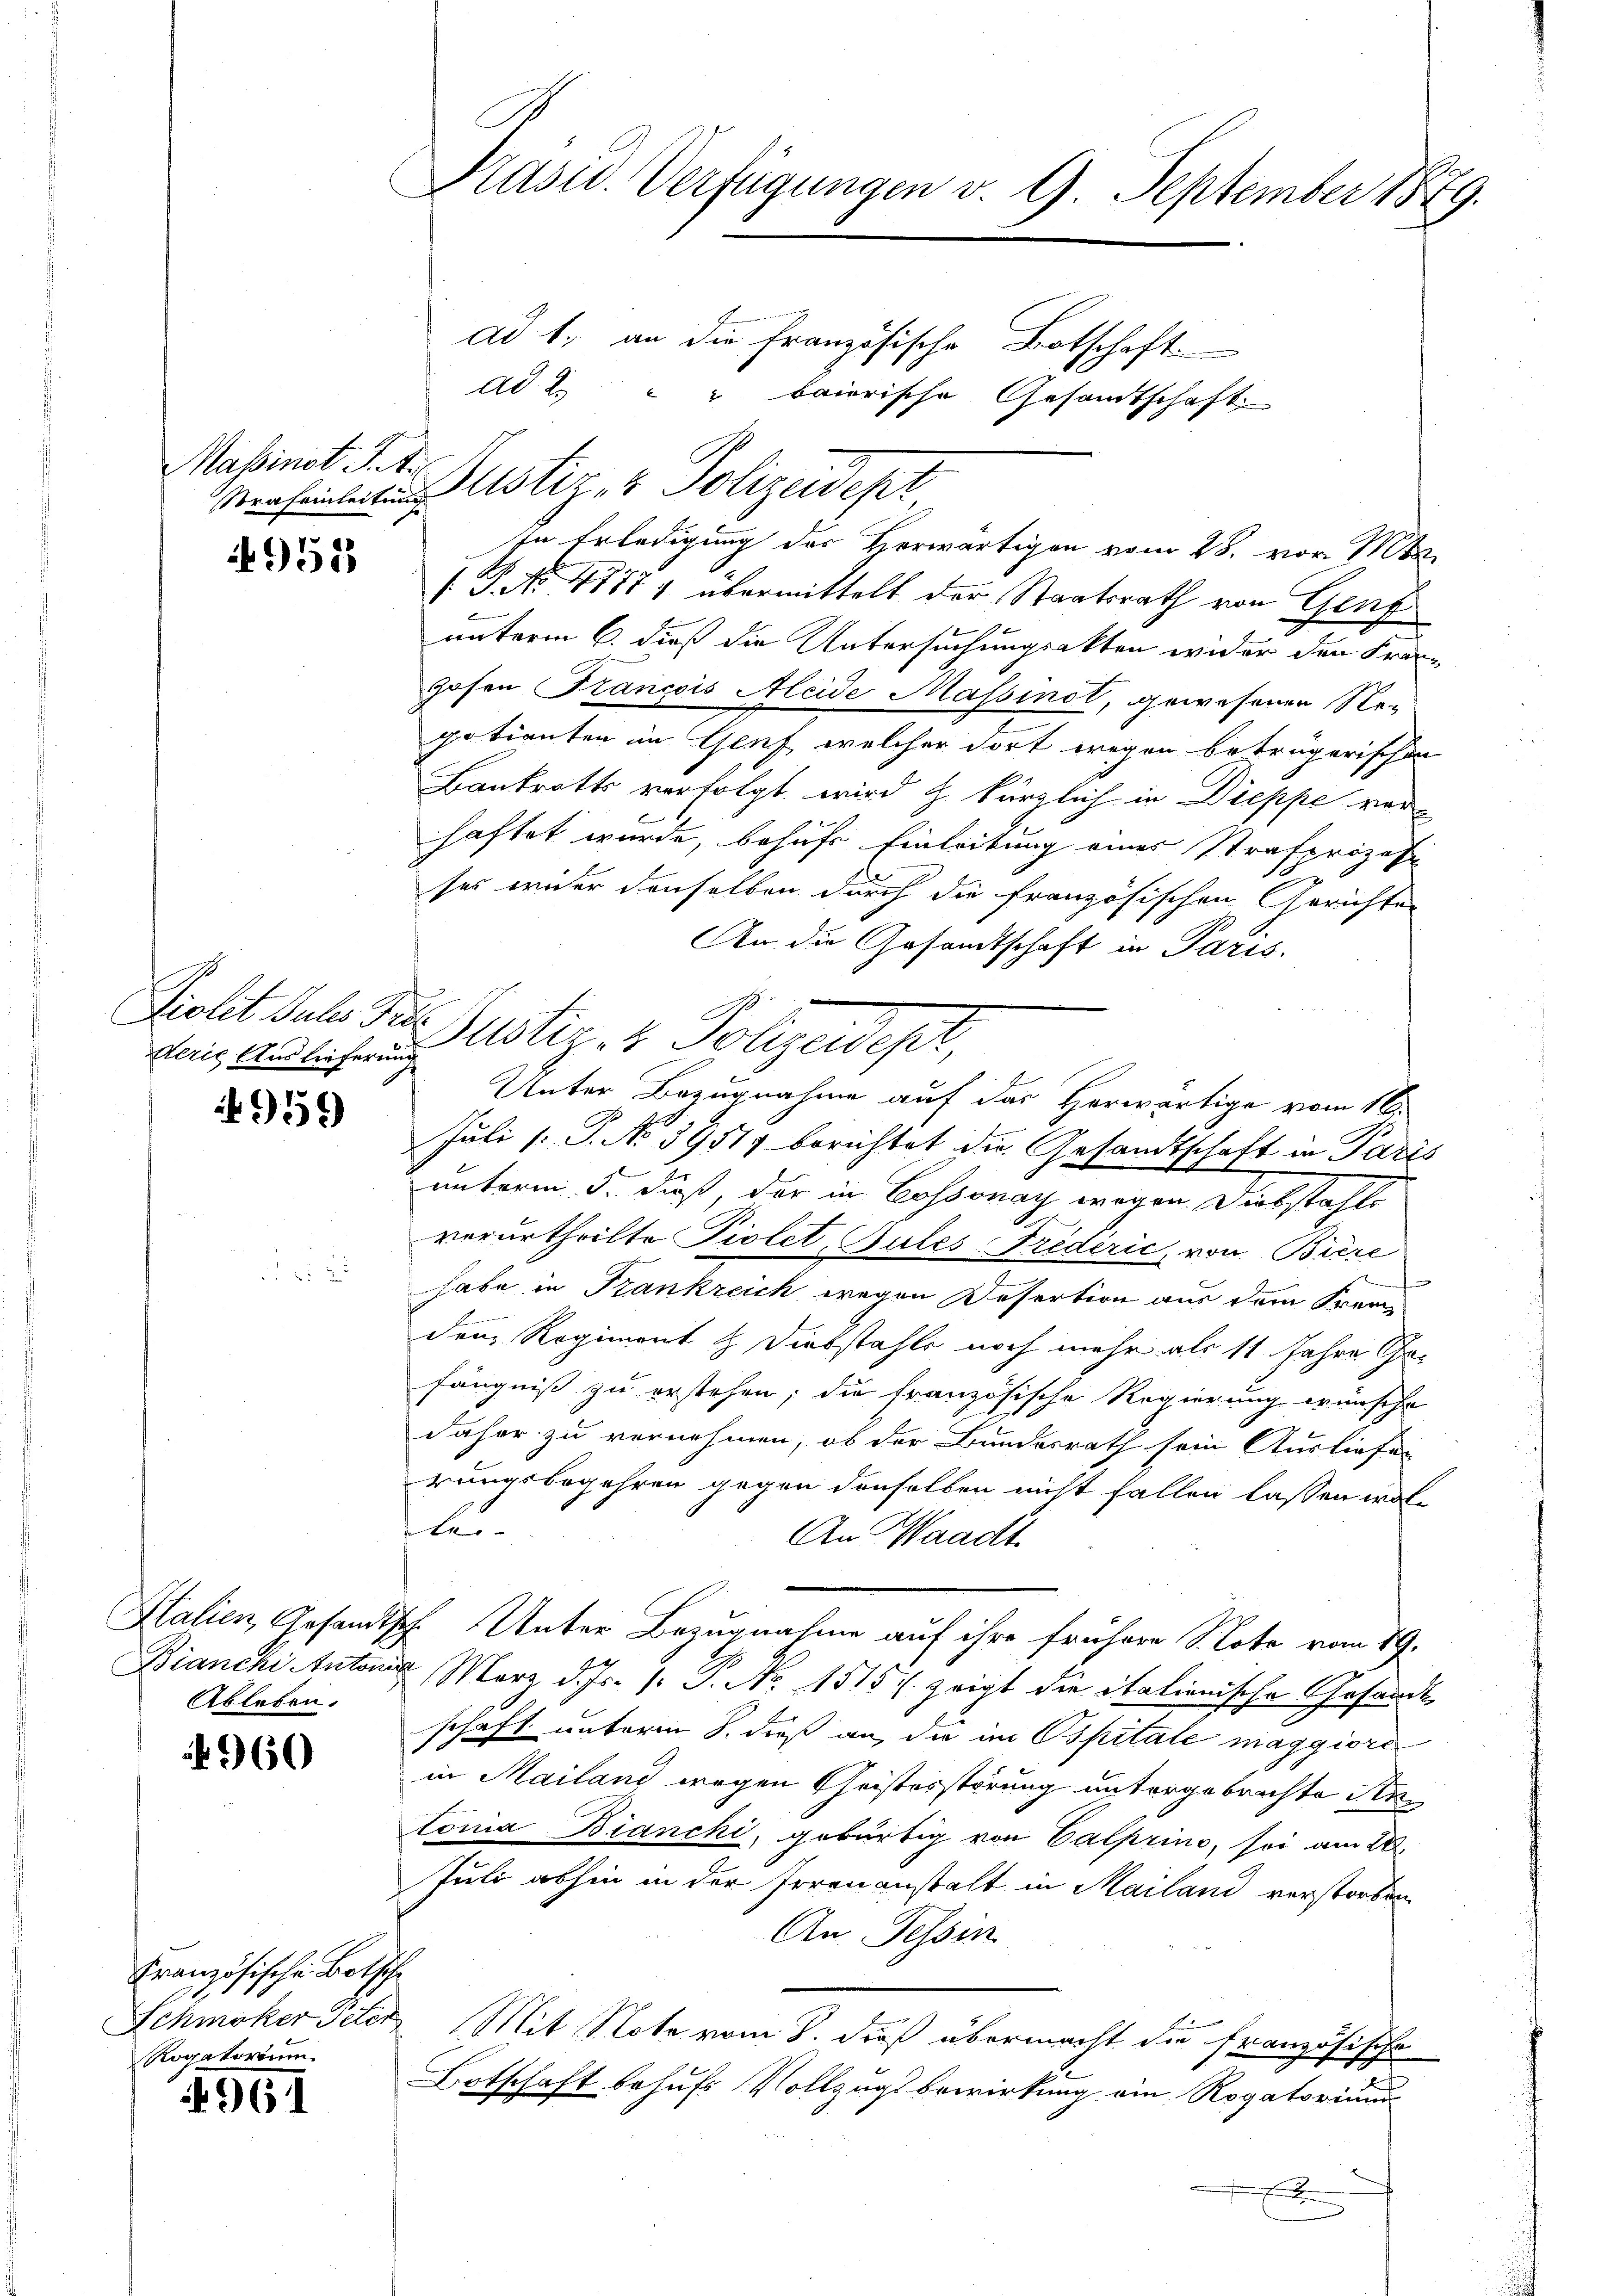
Massinst J. A.
Strafeinleitung

deris Auslieferung

N 960

4952

956

.

Ableben.

Französische Botsche
Schmöker Peter
Rogatorium.
4961

Präsid. Verfügungen v. 9. September 1879.
ad 1. an die Französische Botschaft
ad 2. " " baierische Gesandtschaft

Puster & Polizedept

Ziolet sel. Der Justiz & Polizeidest,

In Erledigung des Verwärtigen vom 28. vor. Mts.
/. G. No. 48771 übermittelt der Staatsrath von Genf
b
unterm 6. dieß die Untersuchungsakten wider den Franz
Hohen Francois Aleide Massinst, gewesenen Re-
petienten in Genf welcher dort wegen betrügerischen
Bankrotts verfolgt wird z. kürzlich in Dieppe vor
haftet wurde, behufs Einleitung eines Strafprozes
ses wider denselben durch die französischen Gerichtes
An die Gesandtschaft in Paris.
Juli (: P. No 3951 berichtet die Gesandtschaft in Paris
unterm 5. daß der in Cossonay wegen Diebstahls
verurtheilte Piolet, Gutes Friderić, von Biere
.
habe in Krankreich wegen Desertion aus dem Fremden Regiment & Diebstahle noch mehr als 11 Jahre Gefängniß zu erstehen; die französische Regierung wünsche
daher zu vernehmen, ob der Bundesrath sein Ausliefen
rungsbegehren gegen denselben nicht fallen lassen woltle
An Waadt.
Italien, Gesandtsch. Unter Bezugnahme auf ihre frühere S. Lote vom 19.
Bianchi Anton März d. Js. (: P. Nr. 1515 f. zeigt die italienische Gesandtschaft unterm 8. dieß an, die im Ospitale maggiore
in Mailand wegen Geistesstörung untergebrichte der
tonia Bianchi, gebürtig von Calprino, sei am 20.
Juli abhin in der Irrenanstalt in Mailand verstorben
An Tessin
Mit Note vom 8. dieß übermacht die französische
Botschaft behufs Vollzugsbewirkung ein Rogatorium
E

Unter Bezugnahme auf das Herwärtige vom 16.